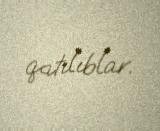
qatılıblar.